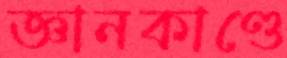
জ্ঞানকাণ্ডে